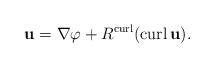
LaTeX: \begin{align*}{\mathbf{u}}=\nabla\varphi+R^{\operatorname{curl}}(\operatorname{curl}{\mathbf{u}}). \end{align*}